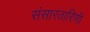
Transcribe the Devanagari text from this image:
संसारतारिणी